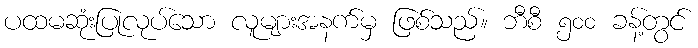
ပထမဆုံးပြုလုပ်သော လူများအနက်မှ ဖြစ်သည်။ ဘီစီ ၅၀၀ ခန့်တွင်